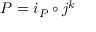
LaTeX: P = i _ { P } \circ j ^ { k }